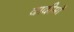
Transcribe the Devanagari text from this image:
दादीमाँ